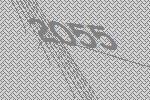
2055